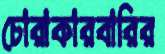
চোরাকারবারির